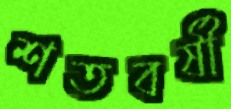
শতবর্ষী